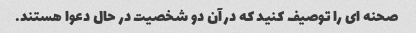
صحنه ای را توصیف کنید که در آن دو شخصیت در حال دعوا هستند.